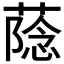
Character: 𮐶